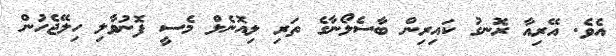
އެވެ. އޭރިއާ ރޮނގު ކައިރިން ބާސެލޯނާގެ ތަރި ލިއޮނެލް މެސީ ފޮނުވާލި ހިލޭޖެހުން